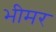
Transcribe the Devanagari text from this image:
भीमर